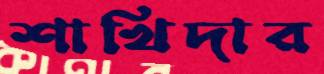
শাখিদার